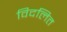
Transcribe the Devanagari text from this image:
विदलित